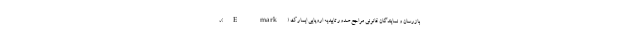
بازرسان و نمایندگان قانونی مراجع صدور تاییدیه اروپایی ایمارک (E-mark)،